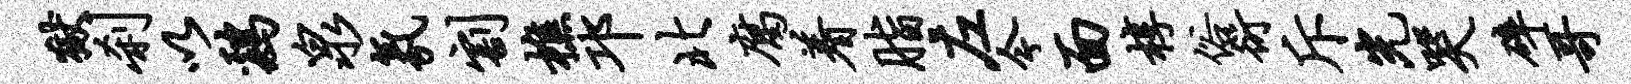
狱刹以鸡泉氛割樵邛北腐着脂左今面椁俗衍斥光哭碎哥